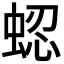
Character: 𬠍